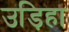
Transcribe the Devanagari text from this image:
उड़िहा